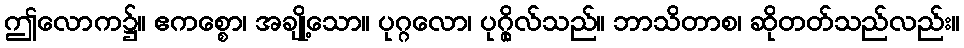
ဤလောက၌။ ဧကစ္စော၊ အချို့သော။ ပုဂ္ဂလော၊ ပုဂ္ဂိုလ်သည်။ ဘာသိတာစ၊ ဆိုတတ်သည်လည်း။